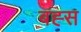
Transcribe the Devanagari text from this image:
बह्स